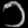
Digit: ၁